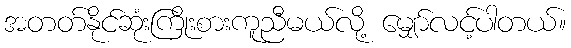
အတတ်နိုင်ဆုံးကြိုးစားကူညီမယ်လို့ မျှော်လင့်ပါတယ်။